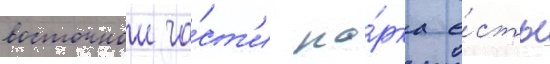
восточнои ча́ст'и па́рка е́сть